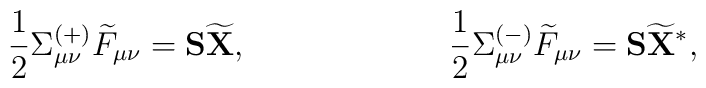
\frac 12\Sigma _{\mu \nu }^{(+)}\widetilde{F}_{\mu \nu}=\mathbf{S} \widetilde{\mathbf{X}},\hspace{1.0in}\frac 12\Sigma_{\mu \nu }^{(-)} \widetilde{F}_{\mu \nu}=\mathbf{S}\widetilde{\mathbf{X}}^{*},